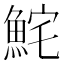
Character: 𩶱